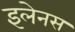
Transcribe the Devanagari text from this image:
इलेनस